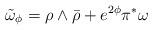
LaTeX: \begin{align*}\tilde{\omega}_{\phi}=\rho \wedge \bar{\rho}+e^{2\phi} \pi^{\ast}\omega\end{align*}